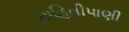
માહિતીપાણી